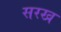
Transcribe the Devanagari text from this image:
सरख